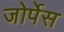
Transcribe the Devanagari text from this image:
जोर्पेस